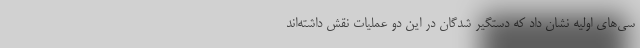
سی‌های اولیه نشان داد که دستگیر شدگان در این دو عملیات نقش داشته‌اند